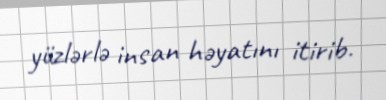
yüzlərlə insan həyatını itirib.